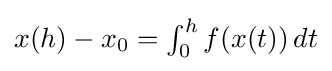
{\textstyle x(h)-x_{0}=\int _{0}^{h}f(x(t))\,dt}